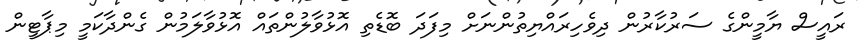
ރައީސް ޔާމީންގެ ސަރުކާރުން ދިވެހިރައްޔިތުންނަށް މިފަދަ ބޮޑެތި އޮޅުވާލުންތައް އޮޅުވާލަމުން ގެންދާކަމީ މިޕާޓީން